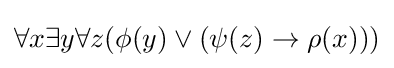
\forall x\exists y\forall z(\phi (y)\lor (\psi (z)\rightarrow \rho (x)))